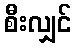
စီးလျှင်